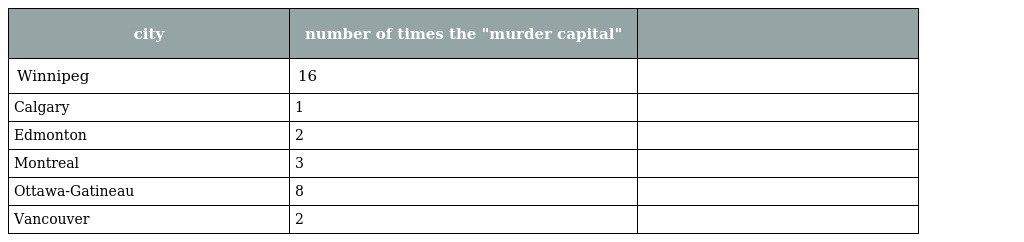
| city | number of times the "murder capital" |  |
 | --- | --- | --- |
 | Winnipeg | 16 |  |
 | Calgary | 1 |  |
 | Edmonton | 2 |  |
 | Montreal | 3 |  |
 | Ottawa-Gatineau | 8 |  |
 | Vancouver | 2 |  |